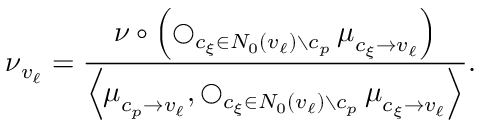
\boldsymbol { \nu } _ { v _ { \ell } } = \frac { \boldsymbol { \nu } \circ \left( \operatorname * { \bigcirc } _ { c _ { \xi } \in N _ { 0 } ( v _ { \ell } ) \setminus c _ { p } } \boldsymbol { \mu } _ { c _ { \xi } \to v _ { \ell } } \right) } { \left\langle \boldsymbol { \mu } _ { c _ { p } \to v _ { \ell } } , \operatorname * { \bigcirc } _ { c _ { \xi } \in N _ { 0 } ( v _ { \ell } ) \setminus c _ { p } } \boldsymbol { \mu } _ { c _ { \xi } \to v _ { \ell } } \right\rangle } .